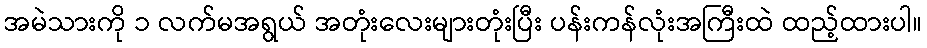
အမဲသားကို ၁ လက်မအရွယ် အတုံးလေးများတုံးပြီး ပန်းကန်လုံးအကြီးထဲ ထည့်ထားပါ။